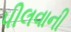
પીલવાની